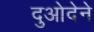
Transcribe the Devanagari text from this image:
दुओदेने